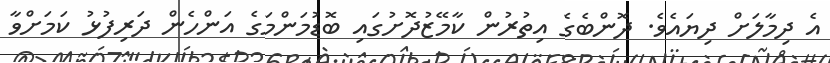
އެ ދިމާލަށް ދިޔައެވެ. ދޮންބެގެ އިތުރުން ކާމޭޒުދޮށުގައި ބޮޑުމަންމަގެ އަންހެން ދަރިފުޅު ކަމަށްވާ